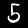
Digit: 5